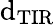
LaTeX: \mathrm{d}_{\mathrm{{TIR}}}